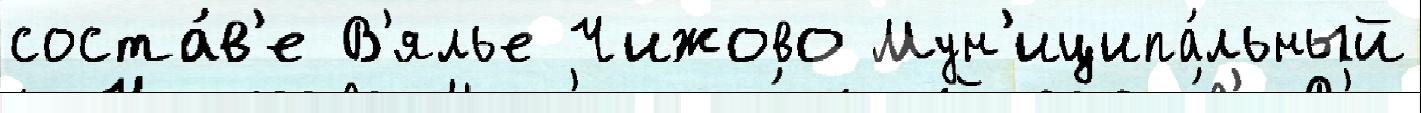
соста́в'е В'ялье Чижово Мун'иципа́льный